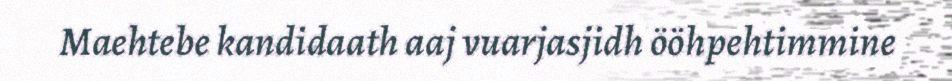
Maehtebe kandidaath aaj vuarjasjidh ööhpehtimmine